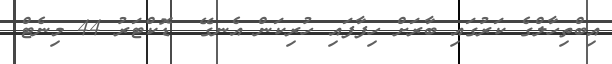
އިބްތިހާލްގެ ކަރުގައި ބާރަށް ހިފާފައި ހުރިކަން އެނގޭ  ޑޮކްޓަރު 44 މިނެޓް